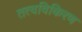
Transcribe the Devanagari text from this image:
तत्वविकिरण